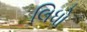
લિધો